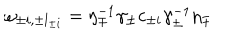
LaTeX: \omega _ { \pm i , \pm l _ { \pm i } } = \eta _ { \mp } ^ { - 1 } \gamma _ { \pm } c _ { \pm i } \gamma _ { \pm } ^ { - 1 } \eta _ { \mp }